King Institute of Preventive Medicine Micro-Biological Section reports 1909-11
Year: 1909
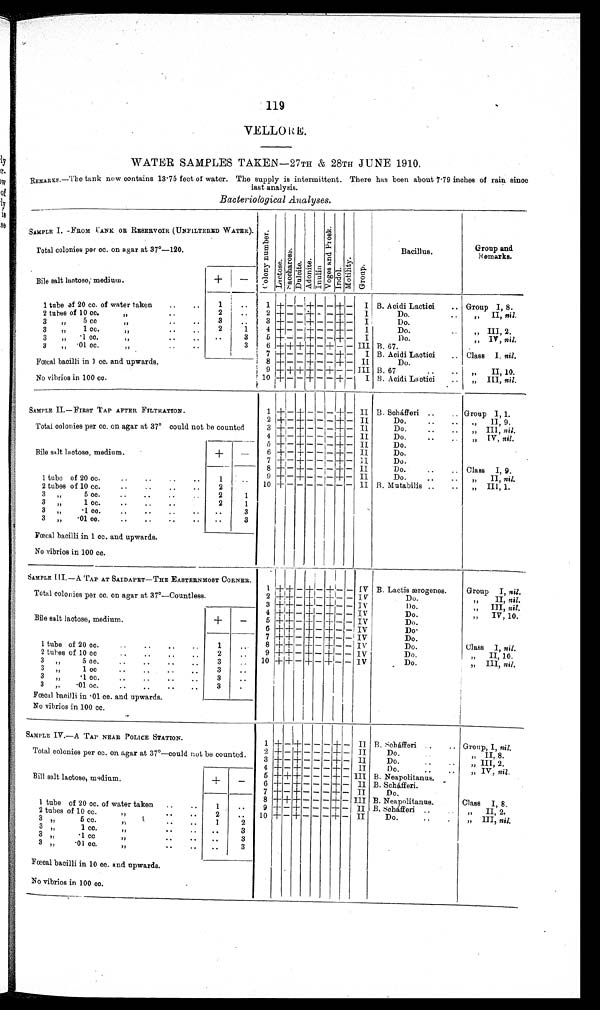
119
VELORE.
WATER SAMPLES TAKEN
—27TH & 28TH JUNE 1910.
REMARKS.—The tank now contains 13·75 feet of water. The supply is intermittent. There has been about 7·79 inches of rain since
last analysis.
Bacteriological Analyses.
SAMPLE I. —FROM CANK. OR RESERVOIR (UNFILTERED WATER).
Col ony number.Lactose.Nacchar os e. Dul ci t e.Adoni t e. I n u l i n . Vo g e s a n d P r o s k .Indol.Mot i l i t y. Group.
Bacillus.
Group and
Remparks.
Total colonies per cc. on agar at 37°—
120.
Bile salt lactose, medium.
+
−
1 tube of 20 cc. of water taken
1
1
+ − − + − - + −
I
B. Acidi Lactici
Group I, 8.
2 tubes of 10 cc.
„
2
2 + − − + − − + −
I
Do.
„
II,
nil.
3 „ 5
cc. „
3
3 + − − + − − + −
I
Do.
3 „ 1 cc. „
2
1
4 + − − + − − + −
I
Do.
„ III, 2.
3 „ ·1 cc. „
3
5 + − − + − − + −
I
Do.
„ IV, nil.
3 „ ·01 cc. „
3
6 + + +
+
− + − − III B. 67.
7 + − − + − − + −
I B. Acidi Laotioi
Class I. nil.
Fœcal bacilli in 1 cc. and upwards.
8 + − − + − − + − II
Do.
9 + + + + − + − − III B. 67
„
II,
10.
No vibrios in 100 cc.
10
+ − − + − − + −
I B. Acidi Lactici
,, III, nil.
SAMPLE II.—FIRST TAP AFTER FILTRATION.
1
+
−
+ −
− −
+ − II
B. Scháfferi.
Group I, 1.
2 + − + − − − + − II
Do.
„ II, 9.
Total colonies per cc. on agar at 37° could not be counted
3 + − + − − − + − II.
Do.
„ III, nil.
4 + − + − − − + − II
Do.
„ IV, nil.
5 + −
+
− − − +
− II
Do.
Bile salt lactose, medium.
+ −
6 + − + − − − + −
I I
Do.
7 + − + − − − + −
I I
Do.
8 + − + − − − + − II
Do.
Class I, 9.
1 tube of 20 cc.
1
9 + − + − − − + −
I I
„
II,
nil.
2 tubes of 10 cc.
2
10 + − − − − − − − II B. Mutabilis
„ III, 1.
3 „ 5 cc.
2
1
3 „ 1 cc.
2
1
3 „ ·1 cc.
3
3 „ ·01 cc.
3
Fœcal bacilli in 1 cc. and upwards.
No vibrios in 100 cc.
SAMPLE III. —A TAP AT SAIDAPET—THE EASTERNMOST CORNER.
1
+ + − + − + − − IV B. Lactis ærogenes.
Group I, nil.
Total colonies per cc. on agar at 37°—Countless.
2 + + − + − + − − IV
Do.
„
II,
nil.
3 + + − + − + − − IV
Do.
,, III, nil.
4 + + − + − + − − IV
Do.
„
IV,
10.
Bile salt lactose, medium.
+
−
5 + + − + − + − − IV
Do.
6 + + − + − + − − IV
Do.
7 + + − + − + − − IV
Do.
1 tube of 20 cc.
1
8 + + − + − + − − IV
Do.
Class I, nil.
2 tubes of 10 cc.
2
9 + + − + − + − − IV
Do.
„
II,
10.
3 „ 5 cc.
3
10
+ + − + − + − − IV
Do.
„ III, nil.
3 „ 1 cc.
3
3 „ ·1 cc.
3
3 „ ·01 cc.
3
Fœcal bacilli in ·01 cc. and upwards
No vibrios in 100 cc.
SAMPLE IV.—A TAP NEAR POLICE STATION.
1
+
−
+ − − − + −
II
B. Scháfferi.
Group, I, nil.
2 + − + − − − + −
I I
Do.
„
II,
8.
Total colonies per cc. on agar at 37°—could not be counted.
3 + − + − − − + −
II
Do.
„ III, 2.
4 + − + − − − + −
II
Do.
„
IV,
nil.
5 + + + − − − + − III B. Neapolitanus.
Bill salt lactose, medium.
+
−
6 + − + − − − + −
II B. Scháfferi.
7 + − + − − − + −
II
Do.
8 +
+ + − − − + −
I I I
B. Neapolitanus.
Class I, 8.
1 tube of 20 cc. of water taken
1
9 + − + − − − + −
II
B. Scháfferi.
„
II,
2.
2 tubes of 10 cc.
2
10 + − + − − − + −
II
Do.
„ III, nil.
3 „ 5
cc. „
1
2
3 „ 1
cc. „
3
3 „ ·1
cc. „
3
3 „ ·01
cc. „
3
Fœcal bacilli in 10 cc. and upwards.
No vibrios in 100 cc.